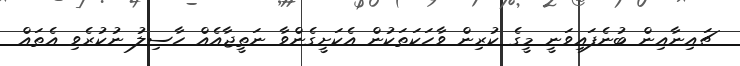
ޗައިނާއިން ބުނެފައިވަނީ މީގެ ކުރިން ވާހަކަތަކުން އެކަށީގެންވާ ނަތީޖާއެއް ހާސިލު ނުކުރެވި އެތައް